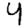
Digit: 4